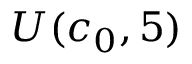
U ( c _ { 0 } , 5 )